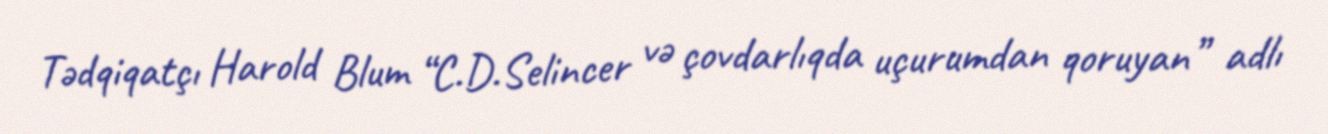
Tədqiqatçı Harold Blum “C.D.Selincer və çovdarlıqda uçurumdan qoruyan” adlı